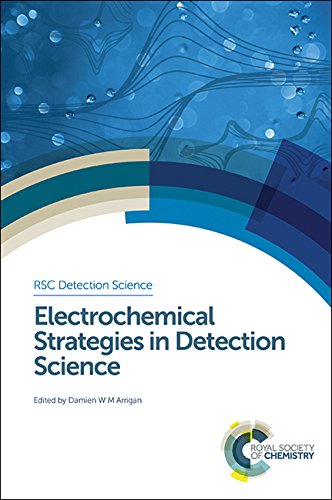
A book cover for Electrochemical Strategies in Detection Science (RSC Detection Science); Science & Math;